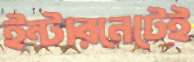
ইন্টারনেটেই